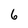
Character: 6